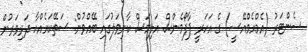
ސެންޓަރު (އެމްއެމްއޭސީ) ގެ އަހަރީ ޕާފޯމެންސް އަލިމަސް ކާނިވަލުގައި ބޭއްވުން: ސަތޭކައެއްހާ ދަރިވަރުން